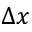
\Delta x